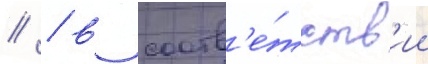
// / в соотв'е́тств'ии